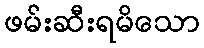
ဖမ်းဆီးရမိသော